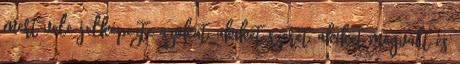
mert vele jelképezte azokat, akiket szeret, akiket megvált és